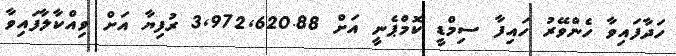
ހަދާފައިވާ ހެންވޭރު ހައިފާ ސިމްޑީ ކޮމްޕެނީ އަށް 3